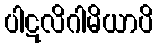
ပါဋလိဂါမိယာပိ